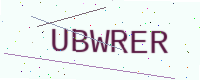
Text: UBWRER